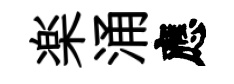
楽涌應